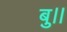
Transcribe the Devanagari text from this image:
बु।।